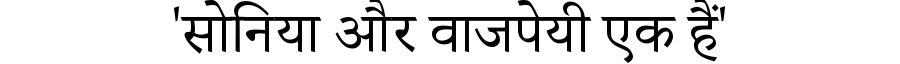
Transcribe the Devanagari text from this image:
'सोनिया और वाजपेयी एक हैं'